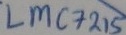
Text: LMC215